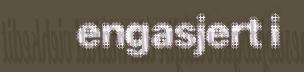
engasjert i